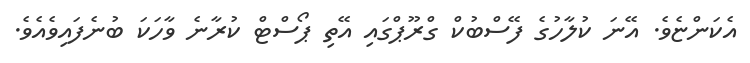
އެކަންޏެވެ. އޭނަ ކުލާހުގެ ފޭސްބުކް ގްރޫޕްގައި އޭތި ޕޯސްޓް ކުރާނެ ވާހަކަ ބުނެފައިވެއެވެ.